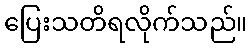
ပြေးသတိရလိုက်သည်။